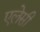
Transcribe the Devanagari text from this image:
एलेसी